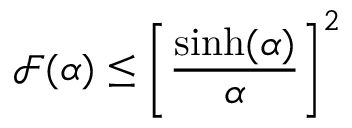
\mathcal { F } ( \alpha ) \leq \left[ \frac { \sinh ( \alpha ) } { \alpha } \right] ^ { 2 }